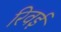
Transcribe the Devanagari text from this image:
रिवई